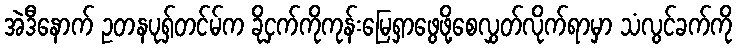
အဲဒီနောက် ဥတနပုရှ်တင်မ်က ခိုငှက်ကိုကုန်းမြေရှာဖွေဖို့စေလွှတ်လိုက်ရာမှာ သံလွင်ခက်ကို